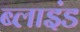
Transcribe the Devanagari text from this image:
ब्‍लाइंड